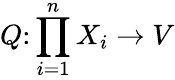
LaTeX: Q\colon\prod_{i=1}^{n}X_{i}\to V